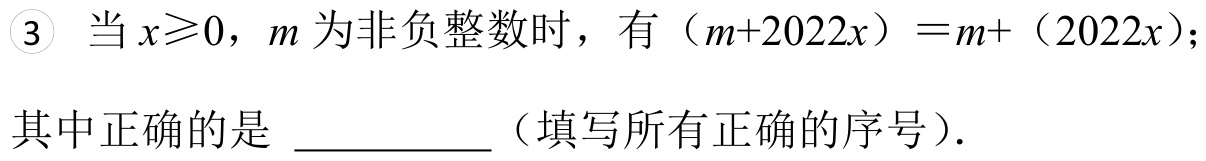
\textcircled{3} 当\(x\geqslant0\)，\(m\)为非负整数时，有\((m + 2022x)=m+(2022x)\)；

其中正确的是 \_\_\_\_\_\_（填写所有正确的序号）.